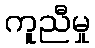
ကူညီမှု